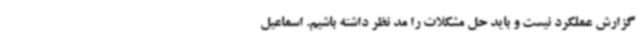
گزارش عملکرد نیست و باید حل مشکلات را مد نظر داشته باشیم. اسماعیل